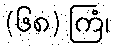
(၆၈) ကြံ၊